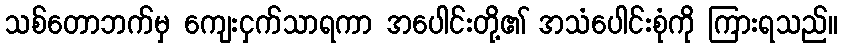
သစ်တောဘက်မှ ကျေးငှက်သာရကာ အပေါင်းတို့၏ အသံပေါင်းစုံကို ကြားရသည်။